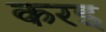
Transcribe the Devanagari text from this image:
करइ